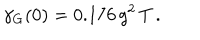
\gamma _ { \mathrm { G } } ( 0 ) = 0 . 1 7 6 \, g ^ { 2 } \, T \, .